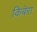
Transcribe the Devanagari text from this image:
किबेरा